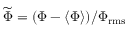
\ensuremath { \widetilde { \Phi } } = ( \Phi - \ensuremath { \langle \Phi \rangle } ) / \Phi _ { \mathrm { r m s } }